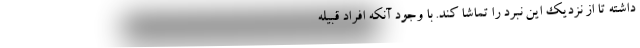
داشته تا از نزدیک این نبرد را تماشا کند. با وجود آنکه افراد قبیله